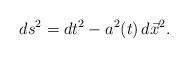
LaTeX: \begin{align*} ds^2=dt^2-a^2(t)\, d\vec{x}^2.\end{align*}